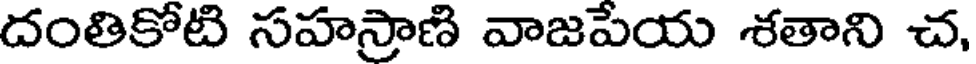
దంతికోటి సహస్రాణి వాజపేయ శతాని చ,